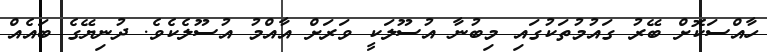
ހާއްސަކޮށް ބޭރު ގައުމުތަކުގައި މިބުނާ އުސޫލަކީ ވަރަށް އާއްމު އުސޫލެކެވެ. ދުނިޔޭގެ ބައެއް